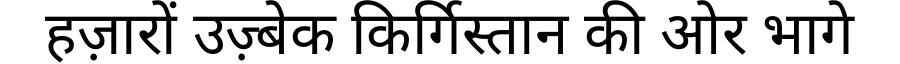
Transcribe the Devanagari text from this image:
हज़ारों उज़्बेक किर्गिस्तान की ओर भागे